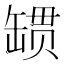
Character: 𰭄